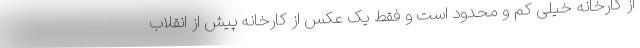
از کارخانه خیلی کم و محدود است و فقط یک عکس از کارخانه پیش از انقلاب